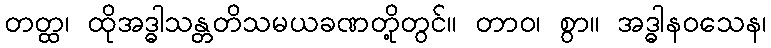
တတ္ထ၊ ထိုအဒ္ဓါသန္တတိသမယခဏတို့တွင်။ တာဝ၊ စွာ။ အဒ္ဓါနဝသေန၊